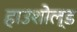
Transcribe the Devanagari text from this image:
हाउशोल्ड